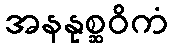
အနနုစ္ဆဝိကံ